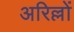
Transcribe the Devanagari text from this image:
अरिल्लों